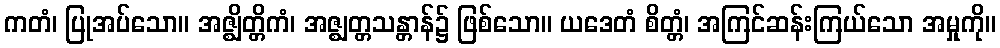
ကတံ၊ ပြုအပ်သော။ အဇ္ဈိတ္တိကံ၊ အဇ္ဈတ္တသန္တာန်၌ ဖြစ်သော။ ယဒေတံ စိတ္တံ၊ အကြင်ဆန်းကြယ်သော အမှုကို။